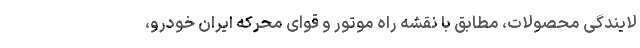
لایندگی محصولات، مطابق با نقشه راه موتور و قوای محرکه ایران خودرو،